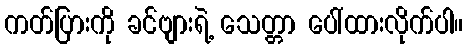
ကတ်ပြားကို ခင်ဗျားရဲ့ သေတ္တာ ပေါ်ထားလိုက်ပါ။